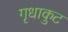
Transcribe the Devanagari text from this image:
गृधाकुट